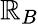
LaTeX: \mathbb{R}_{B}